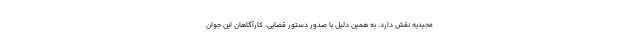
مجیدیه نقش دارد. به همین دلیل با صدور دستور قضایی، کارآگاهان این جوان